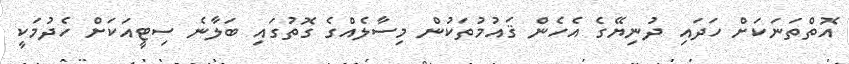
އޮތްތަނަކަށް ހަދައި ދުނިޔޭގެ އެހެން ޤައުމުތަކުން މިސާލެއްގެ ގޮތުގައި ބަލާނެ ސިޓީއަކަށް ހެދުމަކީ